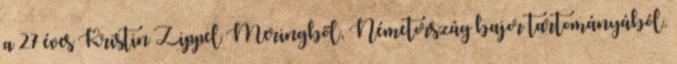
a 27 éves Kristin Zippel Meringből, Németország bajor tartományából.